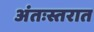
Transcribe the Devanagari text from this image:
अंतःस्तरात